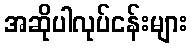
အဆိုပါလုပ်ငန်းများ